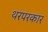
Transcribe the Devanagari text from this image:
थरपरकार